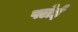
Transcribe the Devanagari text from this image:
फ्लेई